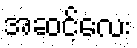
အဆင့်လေး